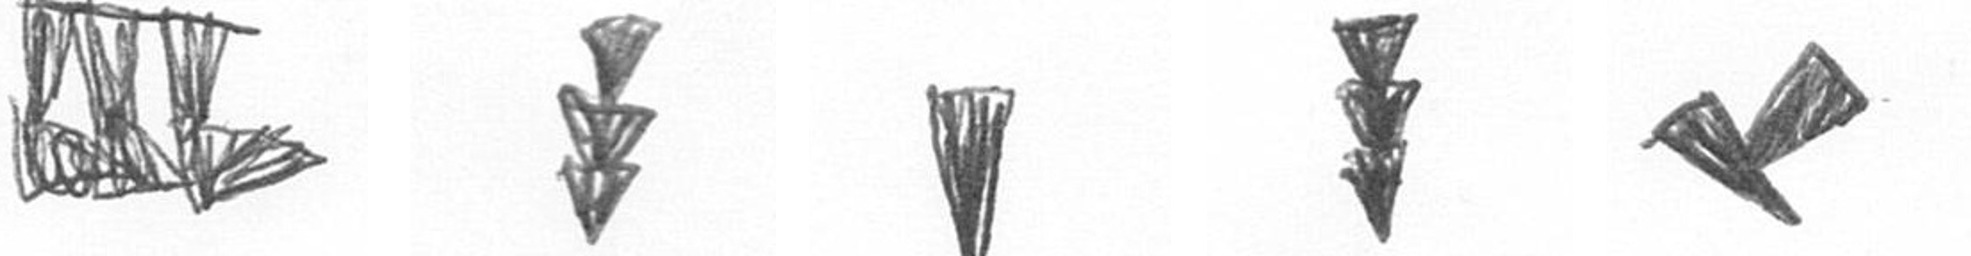
D E J E F